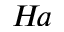
H \! a